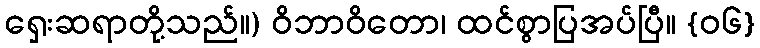
ရှေးဆရာတို့သည်။) ဝိဘာဝိတော၊ ထင်စွာပြအပ်ပြီ။ {၀၆}